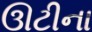
ઊટીના